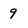
Character: 9